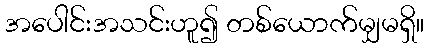
အပေါင်းအသင်းဟူ၍ တစ်ယောက်မျှမရှိ။